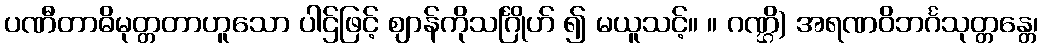
ပဏီတာဓိမုတ္တတာဟူသော ပါဌ်ဖြင့် ဈာန်ကိုသင်္ဂြိုဟ် ၍ မယူသင့်။ ။ ဂဏ္ဌိ) အရဏဝိဘင်္ဂသုတ္တန္တေ၊